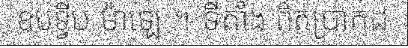
ឧបទ្វីប ម៉ាឡេ ។ ទីតាំង ពិតប្រាកដ